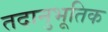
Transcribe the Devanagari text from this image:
तदानुभूतिक